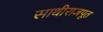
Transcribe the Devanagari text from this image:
साथीराजपूत